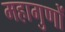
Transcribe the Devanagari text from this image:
महागुणों